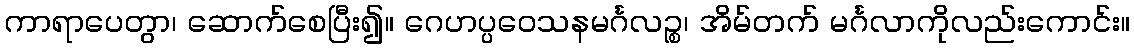
ကာရာပေတွာ၊ ဆောက်စေပြီး၍။ ဂေဟပ္ပဝေသနမင်္ဂလဉ္စ၊ အိမ်တက် မင်္ဂလာကိုလည်းကောင်း။